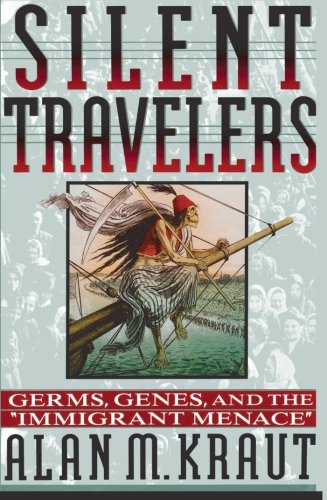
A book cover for Silent Travelers: Germs, Genes, and the Immigrant Menace; Alan M. Kraut; Medical Books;